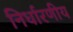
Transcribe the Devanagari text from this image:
निर्धारणीय